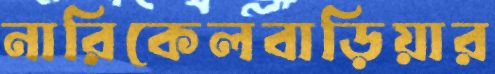
নারিকেলবাড়িয়ার